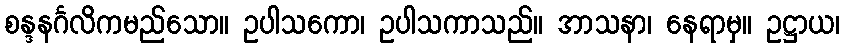
စန္ဒနင်္ဂလိကမည်သော။ ဥပါသကော၊ ဥပါသကာသည်။ အာသနာ၊ နေရာမှ။ ဥဋ္ဌာယ၊